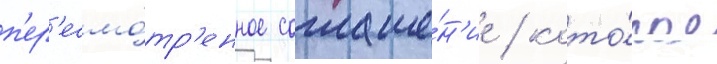
п'ер'есмо́тр'енное соглаше́н'ие / кото́рое